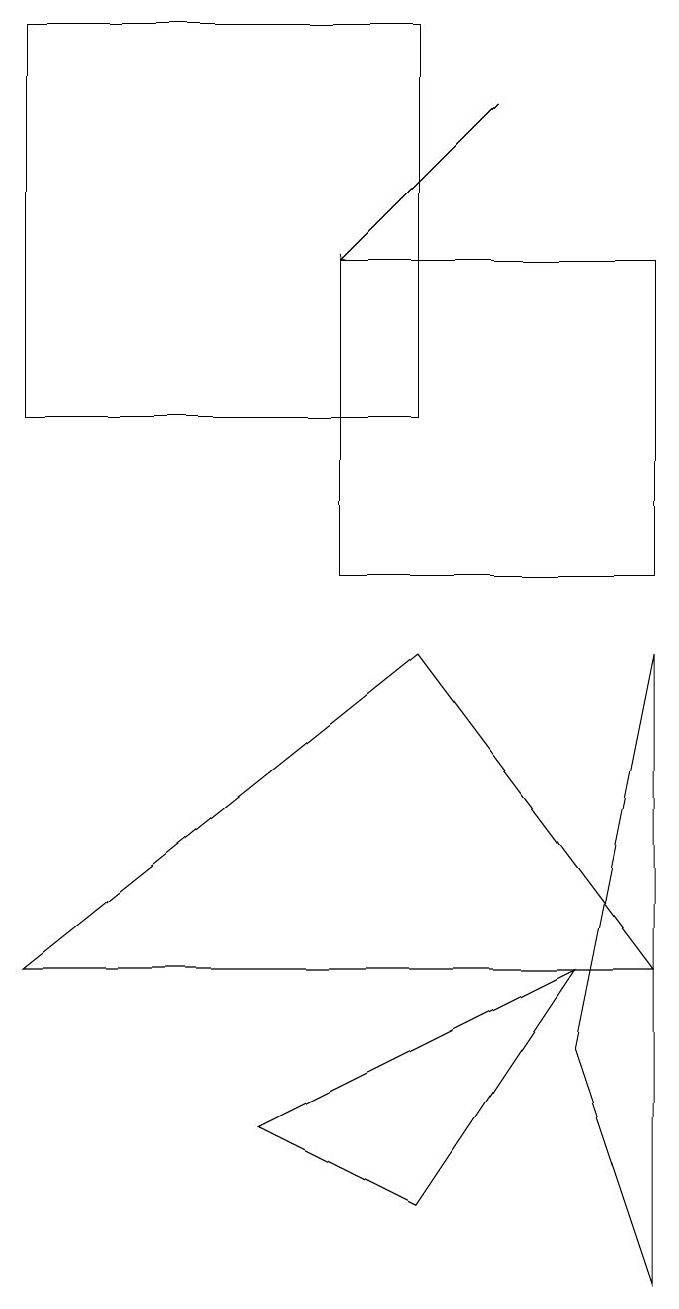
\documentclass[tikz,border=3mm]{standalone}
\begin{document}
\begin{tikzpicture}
\draw (0,5) -- (5,9) -- (8,5) -- cycle;
\draw (4,14) rectangle (8,10);
\draw (8,1) -- (8,9) -- (7,4) -- cycle;
\draw[->] (6,16) -- (4,14);
\draw (5,17) rectangle (0,12);
\draw (3,3) -- (5,2) -- (7,5) -- cycle;
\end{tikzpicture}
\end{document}